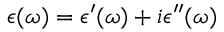
\epsilon ( \omega ) = \epsilon ^ { \prime } ( \omega ) + i \epsilon ^ { \prime \prime } ( \omega )